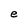
Character: e